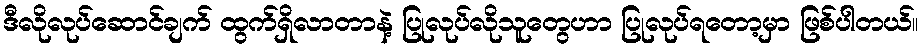
ဒီလိုလုပ်ဆောင်ချက် ထွက်ရှိလာတာနဲ့ ပြုလုပ်လိုသူတွေဟာ ပြုလုပ်ရတော့မှာ ဖြစ်ပါတယ်။